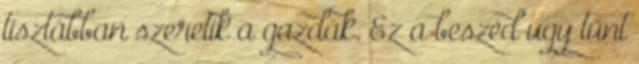
tisztábban szeretik a gazdák. Ez a beszéd úgy tűnt